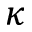
\kappa